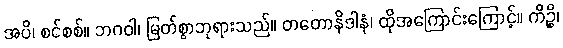
အပိ၊ စင်စစ်။ ဘဂဝါ၊ မြတ်စွာဘုရားသည်။ တတောနိဒါနံ၊ ထိုအကြောင်းကြောင့်။ ကိဉ္စိ၊